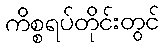
ကိစ္စရပ်တိုင်းတွင်